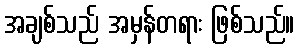
အချစ်သည် အမှန်တရား ဖြစ်သည်။